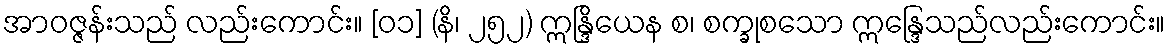
အာဝဇ္ဇန်းသည် လည်းကောင်း။ [၀၁] (နိ၊ ၂၅၂) ဣန္ဒြိယေန စ၊ စက္ခုစသော ဣန္ဒြေသည်လည်းကောင်း။